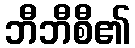
ဘီဘီစီ၏